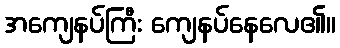
အကျေနပ်ကြီး ကျေနပ်နေလေ၏။